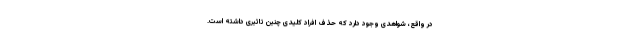
در واقع، شواهدی وجود دارد که حذف افراد کلیدی چنین تاثیری داشته است.